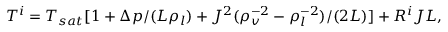
T ^ { i } = T _ { s a t } [ 1 + { \Delta p } / ( { { \cal L } \rho _ { l } } ) + { J ^ { 2 } } ( \rho _ { v } ^ { - 2 } - \rho _ { l } ^ { - 2 } ) / ( { 2 { \cal L } } ) ] + R ^ { i } J { \cal L } ,